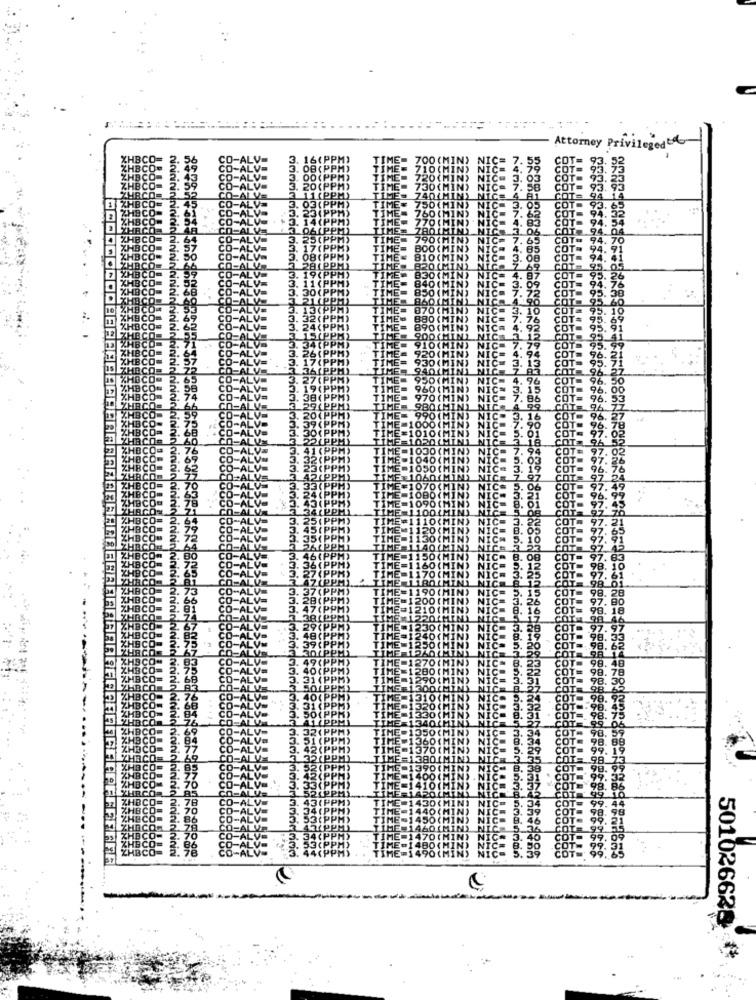
Attorney Privilegedt
501026628